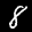
Label: 8